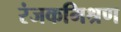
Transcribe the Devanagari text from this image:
रंजकमिश्रण